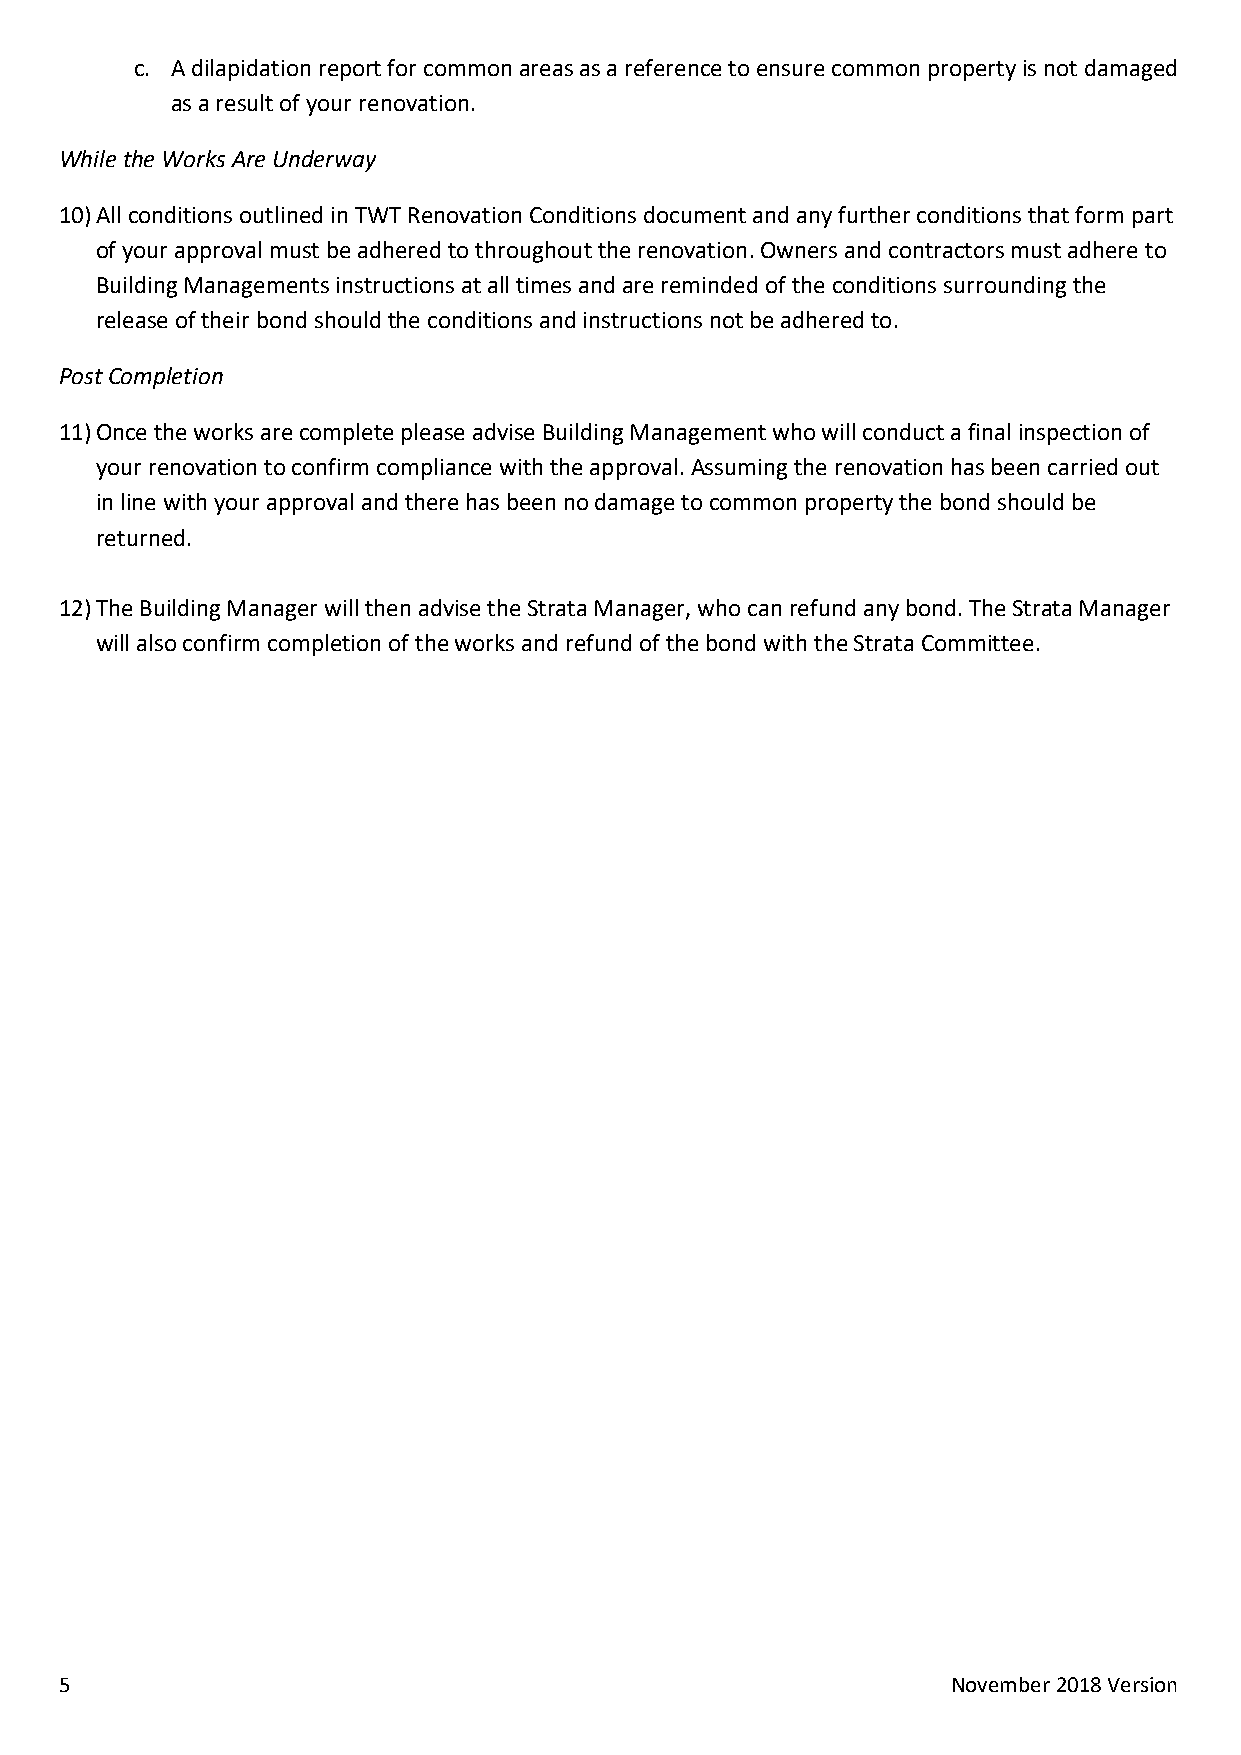
c. A dilapidation report for common areas as a reference to ensure common property is not damaged
 as a result of your renovation.
 While the Works Are Underway
 10) All conditions outlined in TWT Renovation Conditions document and any further conditions that form part
 of your approval must be adhered to throughout the renovation. Owners and contractors must adhere to
 Building Managements instructions at all times and are reminded of the conditions surrounding the
 release of their bond should the conditions and instructions not be adhered to.
 Post Completion
 11) Once the works are complete please advise Building Management who will conduct a final inspection of
 your renovation to confirm compliance with the approval. Assuming the renovation has been carried out
 in line with your approval and there has been no damage to common property the bond should be
 returned.
 12) The Building Manager will then advise the Strata Manager, who can refund any bond. The Strata Manager
 will also confirm completion of the works and refund of the bond with the Strata Committee.
 5                                                          November 2018 Version